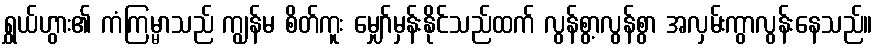
ရွှယ်ဟွား၏ ကံကြမ္မာသည် ကျွန်မ စိတ်ကူး မျှော်မှန်းနိုင်သည်ထက် လွန်စွာ့လွန်စွာ အလှမ်းကွာလွန်းနေသည်။